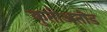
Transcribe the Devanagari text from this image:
कुतीअतोड